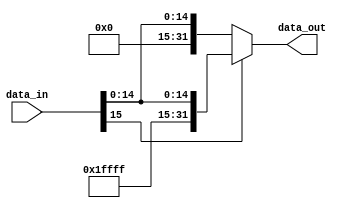
`timescale 1ns / 1ps 
//////////////////////////////////////////////////////////////////////////////////
// Company:
// Engineer:
//
// Design Name:
// Module Name: Sext
// Project Name:
// Target Devices:
// Tool Versions:
// Description:
//
// Dependencies:
//
// Revision:
// Revision 0.01 - File Created
// Additional Comments:
//
//////////////////////////////////////////////////////////////////////////////////


module Sext(
           input [15: 0] data_in,
           output [31: 0] data_out
       );

assign data_out = data_in[15] ?
       {16'hffff, data_in} : {16'h0000, data_in};


endmodule